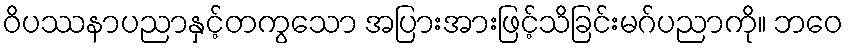
ဝိပဿနာပညာနှင့်တကွသော အပြားအားဖြင့်သိခြင်းမဂ်ပညာကို။ ဘဝေ